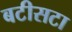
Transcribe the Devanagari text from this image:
बटीसटा